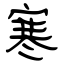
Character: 寒